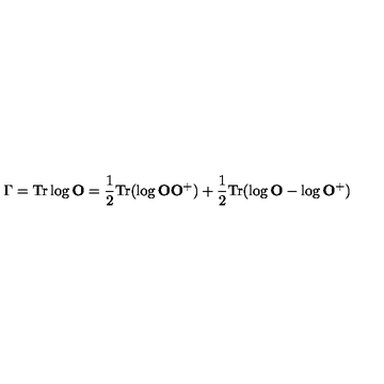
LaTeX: \Gamma = \mathrm { T r } \log { \bf O } = \frac { 1 } { 2 } \mathrm { T r } ( \log { \bf O } { \bf O } ^ { + } ) + \frac { 1 } { 2 } \mathrm { T r } ( \log { \bf O } - \log { \bf O } ^ { + } )